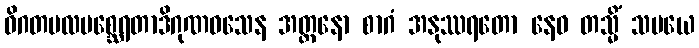
ဝိဂတမလမစ္ဆေရတာဒိဂုဏဝသေန အတ္တနော စာဂံ အနုဿရတော နေဝ တသ္မိံ သမယေ